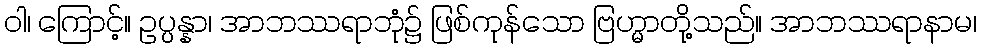
ဝါ၊ ကြောင့်။ ဥပ္ပန္နာ၊ အာဘဿရာဘုံ၌ ဖြစ်ကုန်သော ဗြဟ္မာတို့သည်။ အာဘဿရာနာမ၊